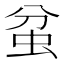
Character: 蚠